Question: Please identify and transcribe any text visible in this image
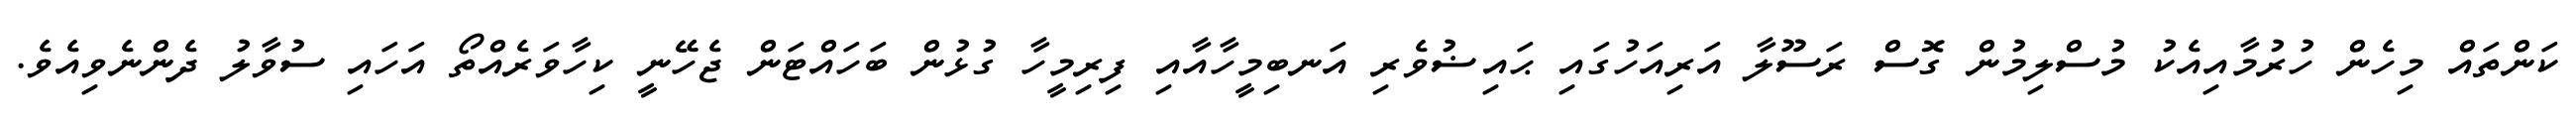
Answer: ކަންތައް މިހެން ހުރުމާއިއެކު މުސްލިމުން ގޮސް ރަސޫލާ އަރިއަހުގައި ޙައިޟުވެރި އަނބިމީހާއާއި ފިރިމީހާ ގުޅުން ބަހައްޓަން ޖެހޭނީ ކިހާވަރެއްތޯ އަހައި ސުވާލު ދެންނެވިއެވެ.